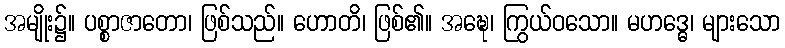
အမျိုး၌။ ပစ္စာဇာတော၊ ဖြစ်သည်။ ဟောတိ၊ ဖြစ်၏။ အဍ္ဎေ၊ ကြွယ်ဝသော။ မဟဒ္ဓေ၊ များသော